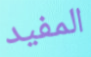
المفيد